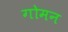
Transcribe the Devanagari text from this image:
गोमन